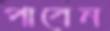
পাবেন